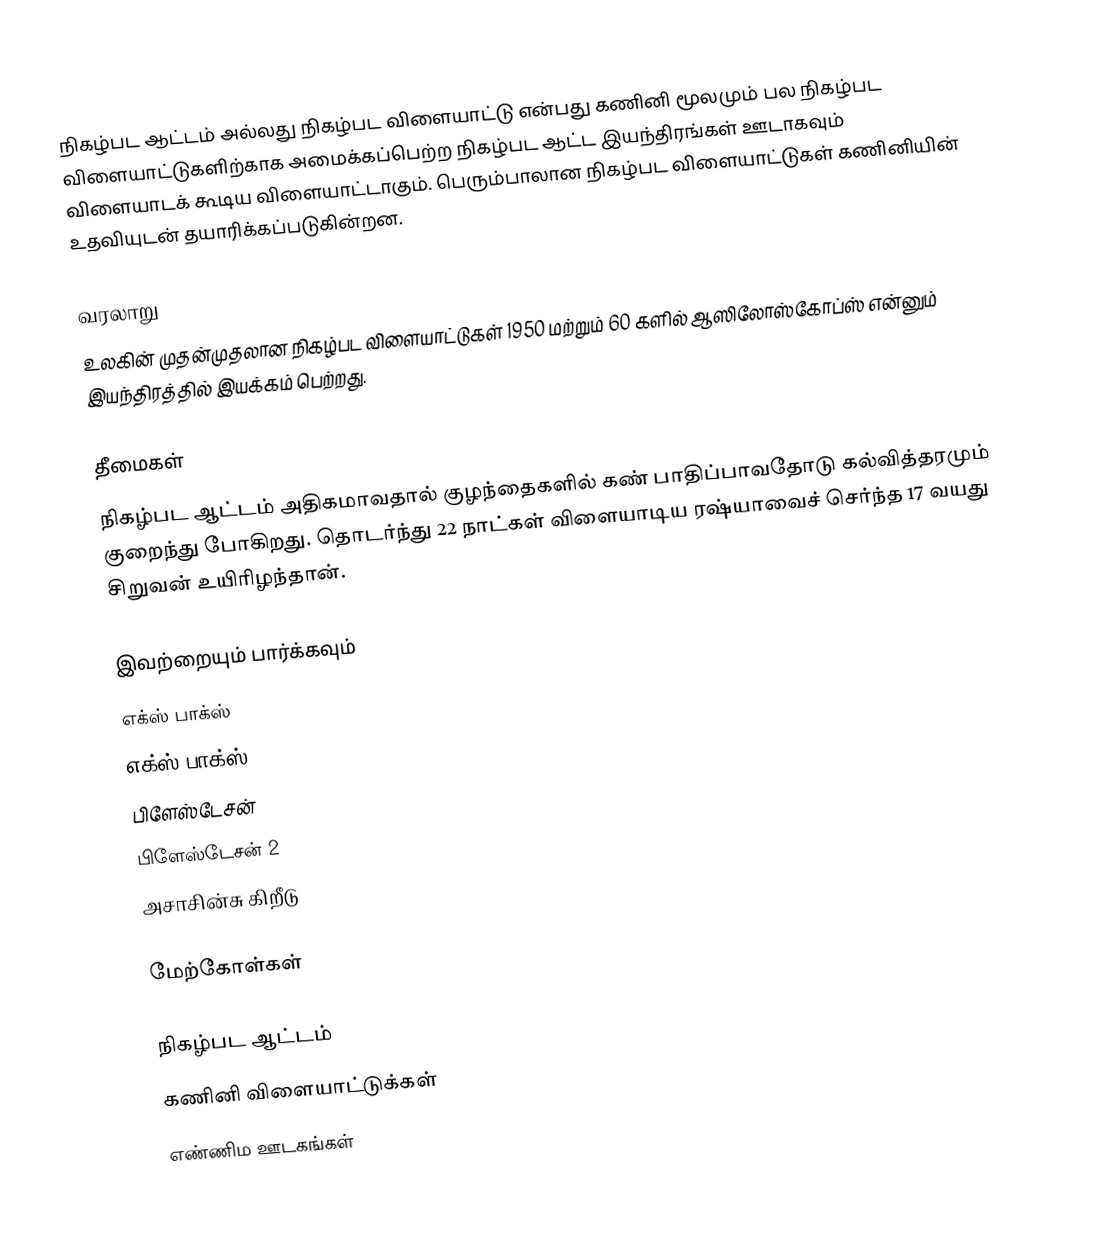
நிகழ்பட ஆட்டம் அல்லது நிகழ்பட விளையாட்டு என்பது கணினி மூலமும் பல நிகழ்பட விளையாட்டுகளிற்காக அமைக்கப்பெற்ற நிகழ்பட ஆட்ட இயந்திரங்கள் ஊடாகவும் விளையாடக் கூடிய விளையாட்டாகும். பெரும்பாலான நிகழ்பட விளையாட்டுகள் கணினியின் உதவியுடன் தயாரிக்கப்படுகின்றன.

வரலாறு
உலகின் முதன்முதலான நிகழ்பட விளையாட்டுகள் 1950 மற்றும் 60 களில் ஆஸிலோஸ்கோப்ஸ் என்னும் இயந்திரத்தில் இயக்கம் பெற்றது.

தீமைகள்
நிகழ்பட ஆட்டம் அதிகமாவதால் குழந்தைகளில் கண் பாதிப்பாவதோடு கல்வித்தரமும் குறைந்து போகிறது. தொடர்ந்து  22 நாட்கள் விளையாடிய ரஷ்யாவைச் செர்ந்த 17 வயது சிறுவன் உயிரிழந்தான்.

இவற்றையும் பார்க்கவும்
 எக்ஸ் பாக்ஸ்
 எக்ஸ் பாக்ஸ் 360
 பிளேஸ்டேசன்
 பிளேஸ்டேசன் 2
 அசாசின்சு கிறீடு

மேற்கோள்கள்

நிகழ்பட ஆட்டம்
கணினி விளையாட்டுக்கள்
எண்ணிம ஊடகங்கள்